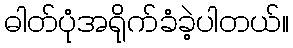
ဓါတ်ပုံအရိုက်ခံခဲ့ပါတယ်။